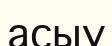
асыу